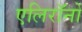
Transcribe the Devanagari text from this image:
एलिरॉनों